Lunatic asylums Central Provinces reports 1910-1926 - 1910-1926
Year: 1910
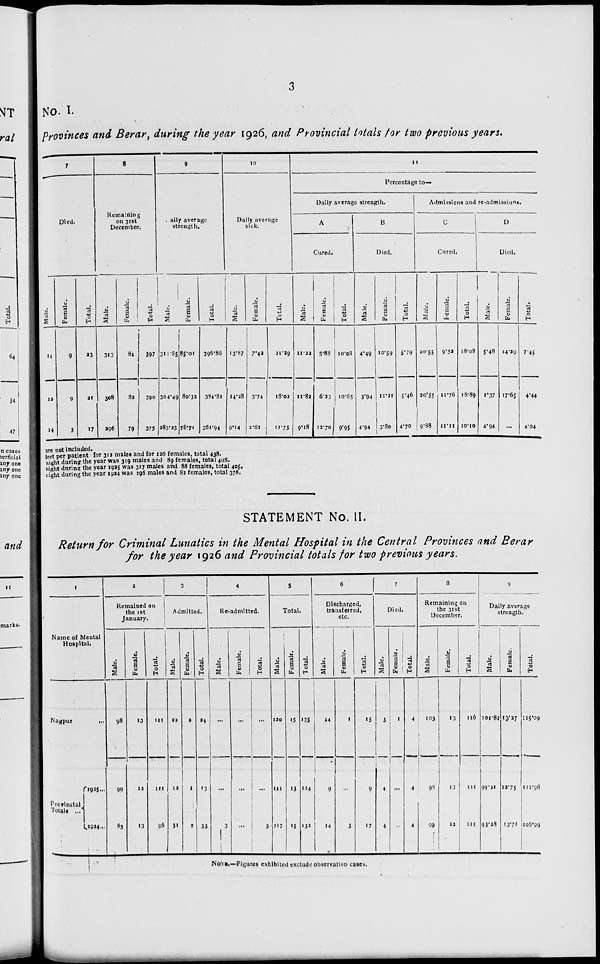
3
No. I.
provinces and Berar, during the year 1926, and Provincial totals for two previous years.
7
Died.
Male.
14
12
14
Female.
9
9
3
Total.
23
21
17
8
Remaining
on 31st
December.
Male.
313
308
296
Female.
84
82
79
Total.
397
390
375
9
Daily average
strength.
Mal e.
311.85
304.49
283.23
Female.
85.01
80.32
78.71
Total.
396.86
384.81
361.94
10
Daily average
sick.
Male.
13.87
14.28
9.14
Female.
7.42
3.74
2.61
Total.
21.29
18.02
11.75
11
Percentage to-
Daily average strength.
A
Cured.
Male.
11.22
11.82
9.18
Female.
5.88
6.23
12.70
Total.
10.08
10.65
9.95
B
Died.
Male.
4.49
3.94
4.94
Female.
10.59
11.21
3.80
Total.
5.79
5.46
4.70
Admissions and re-admissions.
C
Cured.
Male.
20.55
20.55
9.88
Female.
9.52
11.76
11.11
Total.
18.08
18.89
10.10
D
Died.
Male.
5.48
1.37
4.94
Female.
14.29
17.65
...
Total.
7.45
4.44
4.04
are not included.
feet per patient for 312 males and for 126 females, total 438.
night during the year was 319 males and 89 females, total 408.
night during the year 1925 was 317 males and 88 females, total 405.
night during the year 1924 was 296 males and 82 females, total 378.
STATEMENT No. II.
Return for Criminal Lunatics in the Mental Hospital in the Central Provinces and Berar
for the year 1926 and Provincial totals for two previous years.
1
Name of Mental
Hospital.
Nagpur ...
Provincial
Totals ... 1925...
1924...
2
Remained on
the 1st
January.
Male.
98
99
83
Female.
13
12
13
Total.
111
111
96
3
Admitted.
Male.
22
12
31
Female.
2
1
2
Total.
24
13
33
4
Re-admitted.
Male.
...
...
3
Female.
...
...
...
Tot al .
...
...
3
5
Total.
Male.
120
111
117
Female.
15
13
15
Total.
135
124
132
6
Discharged,
transferred,
etc.
Male.
14
9
14
Female.
1
...
3
Total.
15
9
17
7
Died.
Male.
3
4
4
Femal e.
1
...
...
Tot al .
4
4
4
8
Remaining on
the 31st
December.
Male.
103
98
99
Female.
13
13
12
Total.
116
111
111
9
Daily average
strength.
Mal e.
101.82
99.31
93.28
Femal e.
13.27
12.75
13.71
Total.
115.09
111.96
105.99
NOTE.—Figures exhibited exclude observation cases.